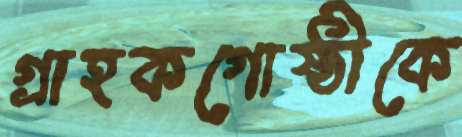
গ্রাহকগোষ্ঠীকে